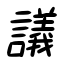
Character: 議